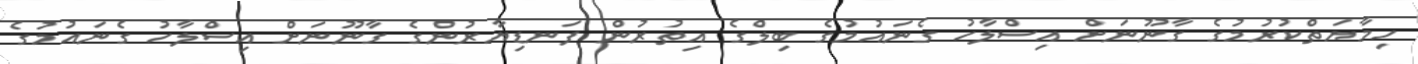
ހިމާޔަތްކުރުމުގެ ގާނޫނަށް އިސްލާހު ގެނައުމުގެ ބިލްގެ އިތުރުން ފަނޑިޔާރުންގެ ގާނޫނަށް އިސްލާހު ގެނައުމުގެ